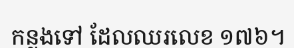
កន្លងទៅ ដែលឈរលេខ ១៧៦។